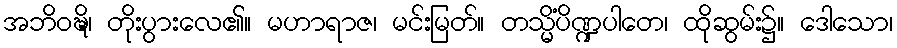
အဘိဝဍ္ဎိ၊ တိုးပွားလေ၏။ မဟာရာဇ၊ မင်းမြတ်။ တသ္မိံပိဏ္ဍပါတေ၊ ထိုဆွမ်း၌။ ဒေါသော၊